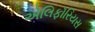
એલિફૉરિયસ